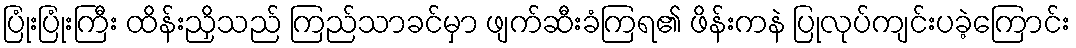
ပြုံးပြုံးကြီး ထိန်းညှိသည် ကြည်သာခင်မှာ ဖျက်ဆီးခံကြရ၏ ဖိန်းကနဲ ပြုလုပ်ကျင်းပခဲ့ကြောင်း